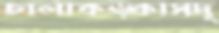
চালাকড়্‌কাসদৃ